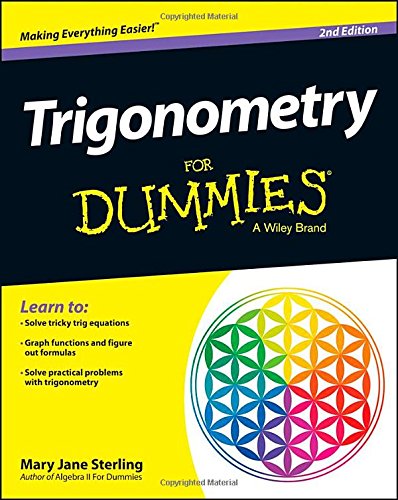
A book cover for Trigonometry For Dummies; Mary Jane Sterling; Humor & Entertainment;